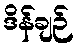
ဒိန်ချဉ်